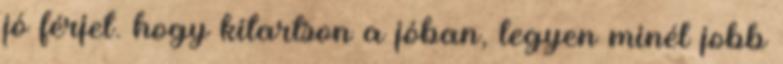
jó férjet. hogy kitartson a jóban, legyen minél jobb